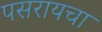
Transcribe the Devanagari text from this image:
पसरायचा